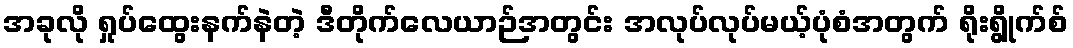
အခုလို ရှုပ်ထွေးနက်နဲတဲ့ ဒီတိုက်လေယာဉ်အတွင်း အလုပ်လုပ်မယ့်ပုံစံအတွက် ရိုးရွိုက်စ်